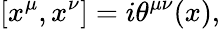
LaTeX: [x^{\mu},x^{\nu}]=i\theta^{\mu\nu}(x),